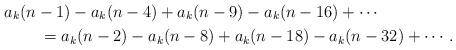
LaTeX: \begin{align*}& a_k(n-1)-a_k(n-4)+a_k(n-9)-a_k(n-16)+\cdots\\&\qquad\, = a_k(n-2)-a_k(n-8)+a_k(n-18)-a_k(n-32)+\cdots.\end{align*}